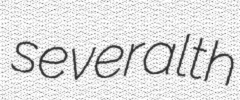
severalth